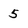
Character: 5